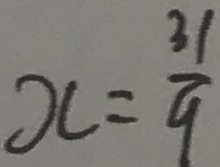
x = \frac { 3 1 } { 9 }